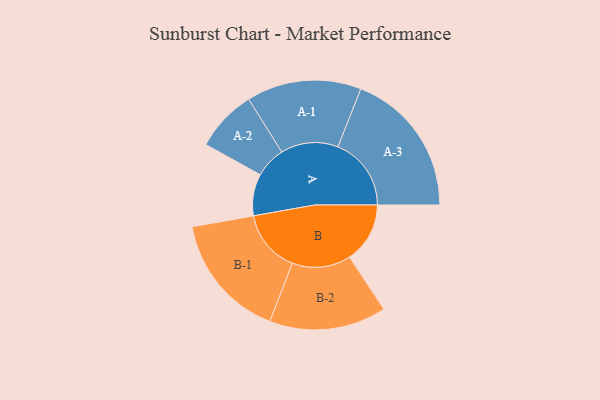
{"axis": {"x": "Segment", "y": "Value"}, "legend": ["", "A", "B"], "data": [{"x": "A", "y": 136, "type": ""}, {"x": "B", "y": 197, "type": ""}, {"x": "A-1", "y": 187, "type": "A"}, {"x": "A-2", "y": 101, "type": "A"}, {"x": "A-3", "y": 239, "type": "A"}, {"x": "B-1", "y": 205, "type": "B"}, {"x": "B-2", "y": 191, "type": "B"}]}